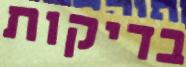
בדיקות